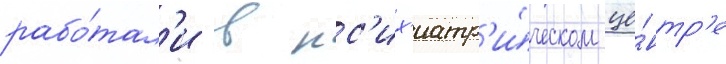
рабо́тал'и в пс'их'иатр'и́ческом це́нтр'е